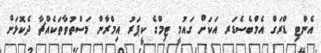
އެންޓި ޑްރަގް އެމްބެސެޑަރ އަކަށް ގައުމީ ޓިމްގެ ކީޕަރު އިމްރާން މަސްތުވާތަކެއްޗާ ދެކޮޅަށް